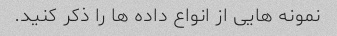
نمونه هایی از انواع داده ها را ذکر کنید.